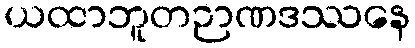
ယထာဘူတဉာဏဒဿနေ